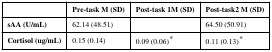
|  | Pre-task M (SD) | Post-task 1M (SD) | Post-task2 M (SD) |
 | --- | --- | --- | --- |
 | sAA (U/mL) | 62.14 (48.51) |  | 64.50 (50.91) |
 | Cortisol (ug/mL) | 0.15 (0.14) | 0.09 (0.06)* | 0.11 (0.13)* |